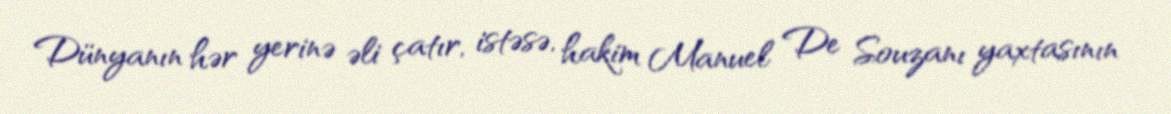
Dünyanın hər yerinə əli çatır, istəsə, hakim Manuel De Souzanı yaxtasının